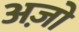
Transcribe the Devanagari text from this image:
अज़ो